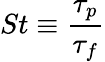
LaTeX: St\equiv\frac{\tau_{p}}{\tau_{f}}